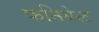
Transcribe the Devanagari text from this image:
फनियेस्ट